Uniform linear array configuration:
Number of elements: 24
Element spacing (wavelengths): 0.75
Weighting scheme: kaiser
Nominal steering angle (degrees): -30
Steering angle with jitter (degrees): -28.229
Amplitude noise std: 0.05
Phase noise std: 0.05

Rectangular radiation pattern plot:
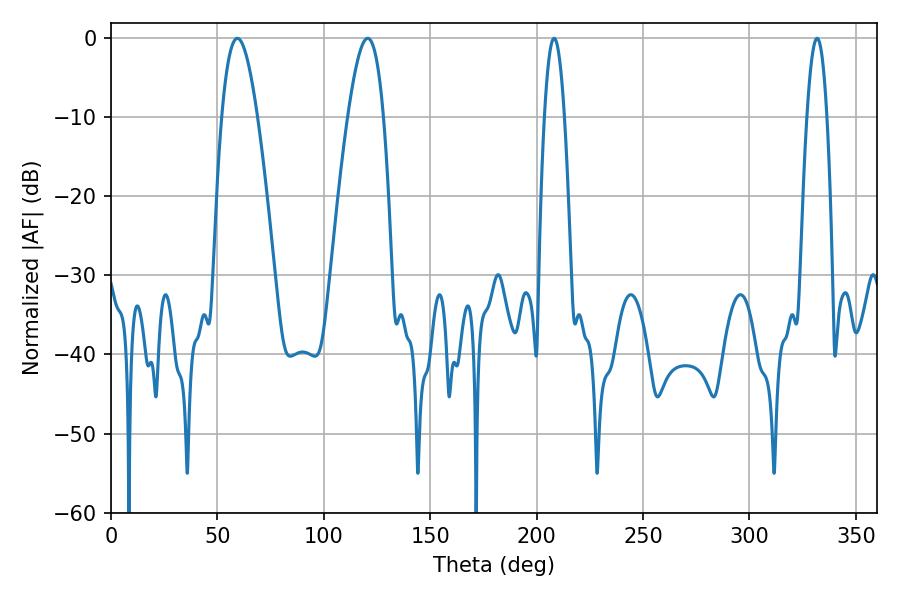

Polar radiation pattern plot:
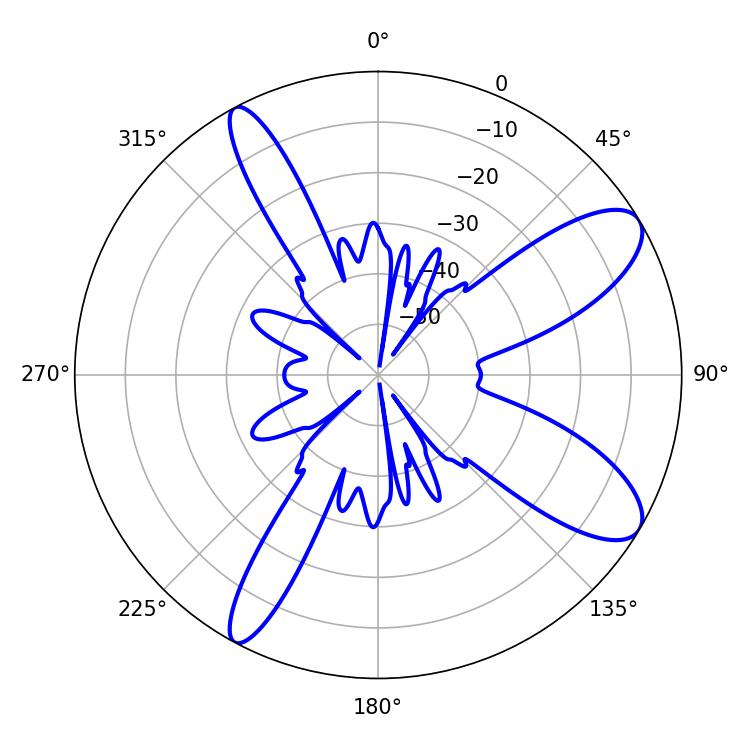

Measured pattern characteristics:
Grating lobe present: TRUE
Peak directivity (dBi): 9.88
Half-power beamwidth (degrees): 9.18
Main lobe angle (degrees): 59.4